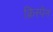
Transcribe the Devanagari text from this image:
क्रिस्पेन